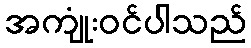
အကျုံးဝင်ပါသည်